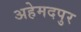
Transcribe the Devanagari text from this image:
अहेमदपुर